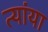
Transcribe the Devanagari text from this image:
त्यांया